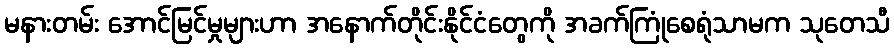
မနားတမ်း အောင်မြင်မှုများဟာ အနောက်တိုင်းနိုင်ငံတွေကို အခက်ကြုံစေရုံသာမက သုတေသီ